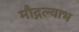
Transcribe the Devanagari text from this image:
मौद्गल्याभ